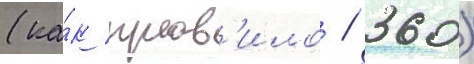
(ка́к прав'ило / 360)